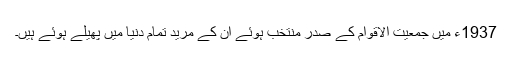
1937ء میں جمعیت الاقوام کے صدر منتخب ہوئے ان کے مرید تمام دنیا میں پھیلے ہوئے ہیں۔